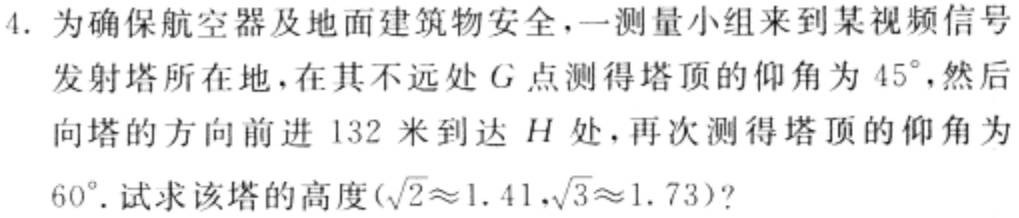
4. 为确保航空器及地面建筑物安全，一测量小组来到某视频信号发射塔所在地，在其不远处\(G\)点测得塔顶的仰角为\(45^{\circ}\)，然后向塔的方向前进\(132\)米到达\(H\)处，再次测得塔顶的仰角为\(60^{\circ}\). 试求该塔的高度(\(\sqrt{2}\approx1.41,\sqrt{3}\approx1.73\))?